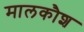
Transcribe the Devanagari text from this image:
मालकौश